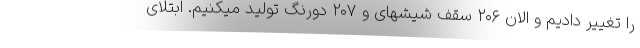
را تغییر دادیم و الان ۲۰۶ سقف شیشهای و ۲۰۷ دورنگ تولید میکنیم. ابتلای